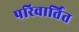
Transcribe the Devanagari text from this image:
परिवार्तित